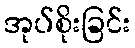
အုပ်စိုးခြင်း